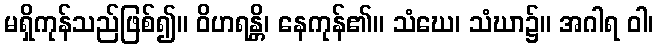
မရှိကုန်သည်ဖြစ်၍။ ဝိဟရန္တိ၊ နေကုန်၏။ သံဃေ၊ သံဃာ၌။ အဂါရ ဝါ၊